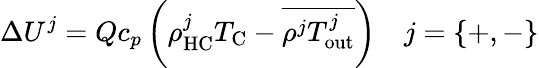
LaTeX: \Delta U^{j}=Qc_{p}\left(\rho_{\textrm{HC}}^{j}T_{\textrm{C}}-\overline{{\rho^{j}T_{\textrm{out}}^{j}}}\right)\quad j=\{ +,-\}